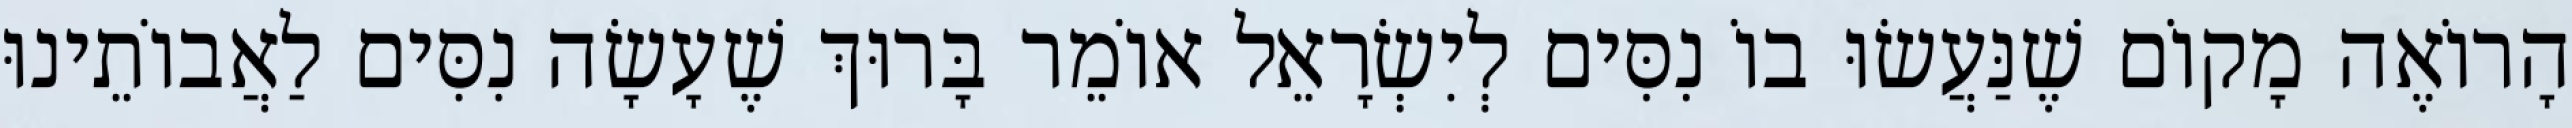
הָרוֹאֶה מָקוֹם שֶׁנַּעֲשׂוּ בוֹ נִסִּים לְיִשְׂרָאֵל אוֹמֵר בָּרוּךְ שֶׁעָשָׂה נִסִּים לַאֲבוֹתֵינוּ